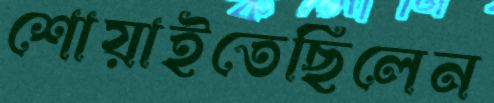
শোয়াইতেছিলেন